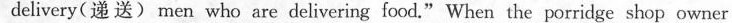
delivery(递 送) men who are delivering food." When the porridge shop owner